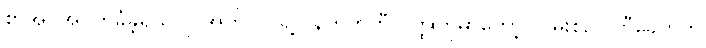
စာအုပ်အပိတ်ခံခဲ့ရသလို အကိုလင်ရဲ့လန်ကွတ်တီ ဝတ္ထုတိုမှာတော့ လမ်းစဉ်ပါတီခေတ်က